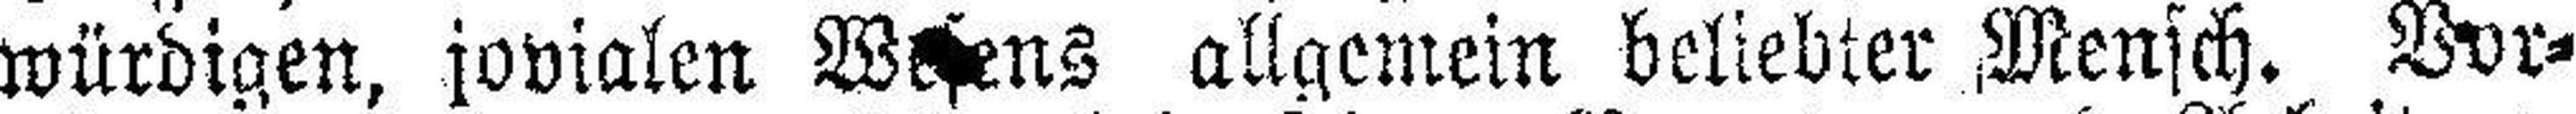
würdigen, jovialen Wesens allgemein beliebter Mensch. Vor¬